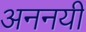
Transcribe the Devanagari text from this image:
अननयी